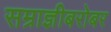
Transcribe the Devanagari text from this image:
सम्राज्ञीबरोबर